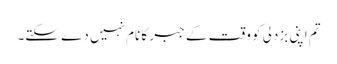
تم اپنی بزدلی کو وقت کے جبر کا نام نہیں دے سکتے۔